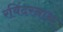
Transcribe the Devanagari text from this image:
रविंदरनाथ